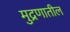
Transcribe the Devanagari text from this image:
मुद्रणातील